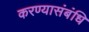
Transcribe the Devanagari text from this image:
करण्यासंबंधि